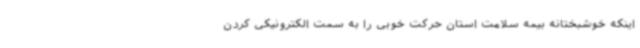
اینکه خوشبختانه بیمه سلامت استان حرکت خوبی را به سمت الکترونیکی کردن